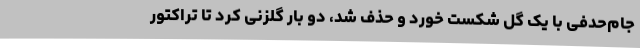
جام‌حدفی با یک گل شکست خورد و حذف شد، دو بار گلزنی کرد تا تراکتور